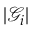
| \mathcal { G } _ { i } |